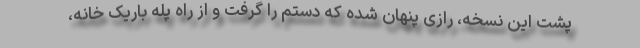
پشت این نسخه، رازی پنهان شده که دستم را گرفت و از راه پله باریک خانه،